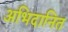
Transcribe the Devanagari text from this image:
अभिदानित